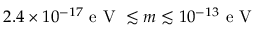
2 . 4 \times 1 0 ^ { - 1 7 } \mathrm { ~ e ~ V ~ } \lesssim m \lesssim 1 0 ^ { - 1 3 } \mathrm { ~ e ~ V ~ }